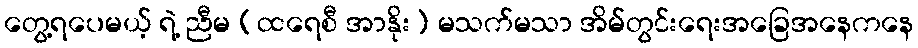
တွေ့ရပေမယ့် ရဲ့ ညီမ (ထရေစီ အာနိုး) မသက်မသာ အိမ်တွင်းရေးအခြေအနေကနေ